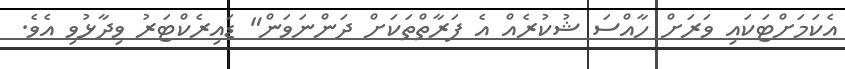
އެކަމަށްޓަކައި ވަރަށް ހާއްސަ ޝުކުރެއް އެ ފަރާތްތަކަށް ދަންނަވަން" ޑައިރެކްޓަރު ވިދާޅުވި އެވެ.